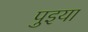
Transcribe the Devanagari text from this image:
पुइया